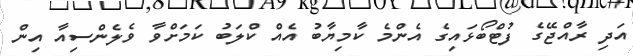
އަދި ރާއްޖޭގެ ފުޓްބޯޅައިގެ އެންމެ ކާމިޔާބު އެއް ކްލަބު ކަމަށްވާ ވެލެންސިއާ އިން